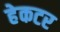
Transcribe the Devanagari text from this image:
हेकटर